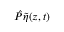
\hat { P } \tilde { \eta } ( z , t )